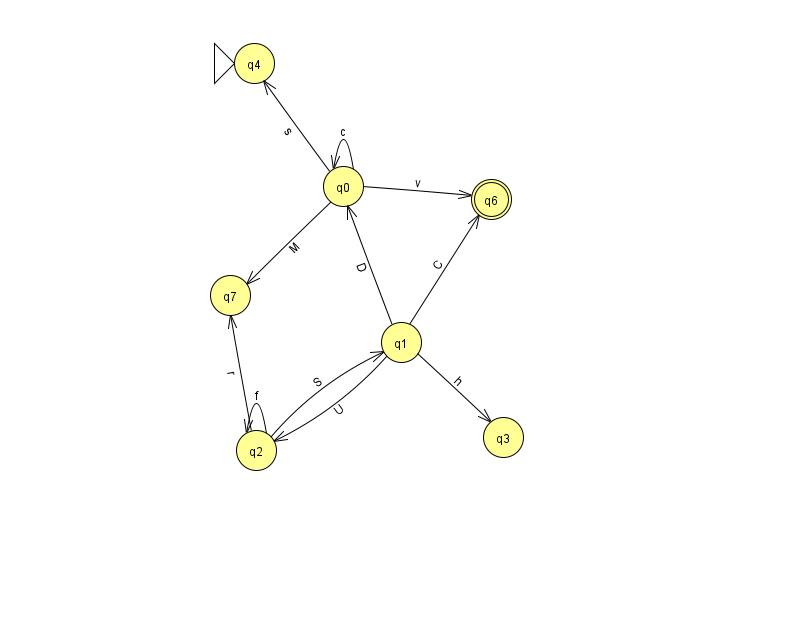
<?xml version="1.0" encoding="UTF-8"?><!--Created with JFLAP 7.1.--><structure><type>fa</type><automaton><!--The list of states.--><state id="0" name="q0"><x>343.0</x><y>173.0</y></state><state id="1" name="q1"><x>401.0</x><y>329.0</y></state><state id="2" name="q2"><x>256.0</x><y>437.0</y></state><state id="3" name="q3"><x>503.0</x><y>424.0</y></state><state id="4" name="q4"><x>254.0</x><y>50.0</y><initial/></state><state id="6" name="q6"><x>491.0</x><y>186.0</y><final/></state><state id="7" name="q7"><x>230.0</x><y>282.0</y></state><!--The list of transitions.--><transition><from>1</from><to>6</to><read>C</read></transition><transition><from>0</from><to>0</to><read>c</read></transition><transition><from>2</from><to>2</to><read>f</read></transition><transition><from>0</from><to>7</to><read>M</read></transition><transition><from>2</from><to>1</to><read>S</read></transition><transition><from>2</from><to>7</to><read>r</read></transition><transition><from>0</from><to>4</to><read>s</read></transition><transition><from>0</from><to>6</to><read>v</read></transition><transition><from>1</from><to>2</to><read>U</read></transition><transition><from>1</from><to>0</to><read>D</read></transition><transition><from>1</from><to>3</to><read>h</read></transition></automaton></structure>